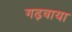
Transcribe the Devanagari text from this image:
गढ़वाया